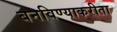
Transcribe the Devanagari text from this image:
बनविण्याकरीता